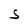
Character: S